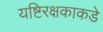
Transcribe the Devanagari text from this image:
यष्टिरक्षकाकडे